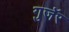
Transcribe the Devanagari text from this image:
गुजॅर